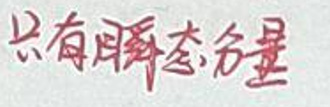
只有静态分量